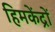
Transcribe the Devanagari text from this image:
हिमकेंद्रों